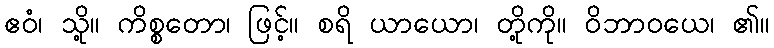
ဧဝံ၊ သို့။ ကိစ္စတော၊ ဖြင့်။ စရိ ယာယော၊ တို့ကို။ ဝိဘာဝယေ၊ ၏။